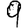
Digit: 9